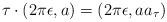
LaTeX: \begin{align*}\tau\cdot ( 2\pi \epsilon , a) = ( 2\pi \epsilon , a a_\tau )\end{align*}